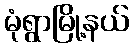
မုံရွာမြို့နယ်